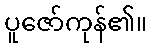
ပူဇော်ကုန်၏။